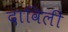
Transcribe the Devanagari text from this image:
दाविलीं